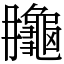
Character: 𪚮